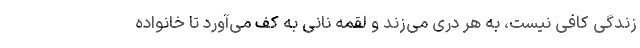
زندگی کافی نیست، به هر دری می‌زند و لقمه نانی به کف می‌آورد تا خانواده